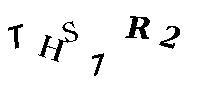
THS7R2